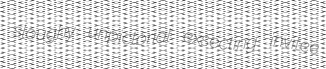
sloughy unpictorial exsecting invitee